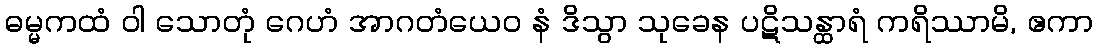
ဓမ္မကထံ ဝါ သောတုံ ဂေဟံ အာဂတံယေဝ နံ ဒိသွာ သုခေန ပဋိသန္ထာရံ ကရိဿာမိ, ဧကာ